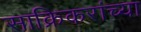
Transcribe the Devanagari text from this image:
साक्रिकरांच्या